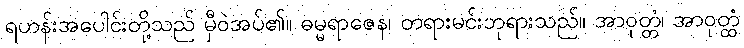
ရဟန်းအပေါင်းတို့သည် မှီဝဲအပ်၏။ ဓမ္မရာဇေန၊ တရားမင်းဘုရားသည်။ အာဝုတ္တံ၊ အာဝုတ္ထံ